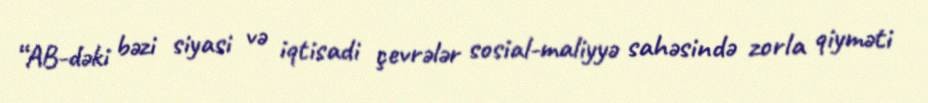
“AB-dəki bəzi siyasi və iqtisadi çevrələr sosial-maliyyə sahəsində zorla qiyməti